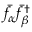
\bar { f } _ { \alpha } \bar { f } _ { \beta } ^ { \dagger }